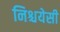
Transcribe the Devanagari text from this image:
निश्चयेसी